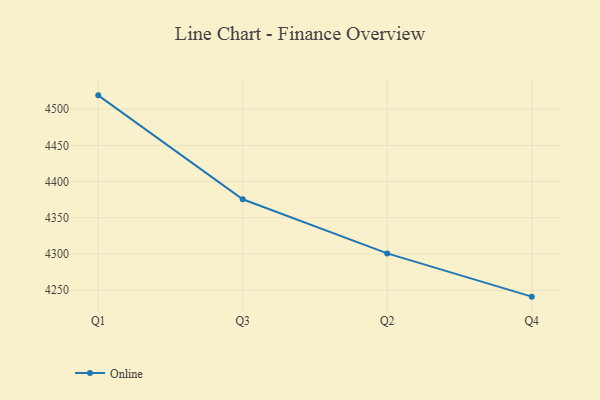
{"axis": {"x": "Quarter", "y": "Website Visitors"}, "legend": ["Online"], "data": [{"x": "Q1", "y": 4519.0, "type": "Online"}, {"x": "Q3", "y": 4375.6, "type": "Online"}, {"x": "Q2", "y": 4300.9, "type": "Online"}, {"x": "Q4", "y": 4241.2, "type": "Online"}]}